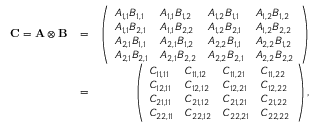
\begin{array} { r l r } { \ensuremath { \mathbf { C } } = \bf { A } \otimes \bf { B } } & { = } & { \left( \begin{array} { l l l l } { A _ { 1 , 1 } B _ { 1 , 1 } } & { A _ { 1 , 1 } B _ { 1 , 2 } } & { A _ { 1 , 2 } B _ { 1 , 1 } } & { A _ { 1 , 2 } B _ { 1 , 2 } } \\ { A _ { 1 , 1 } B _ { 2 , 1 } } & { A _ { 1 , 1 } B _ { 2 , 2 } } & { A _ { 1 , 2 } B _ { 2 , 1 } } & { A _ { 1 , 2 } B _ { 2 , 2 } } \\ { A _ { 2 , 1 } B _ { 1 , 1 } } & { A _ { 2 , 1 } B _ { 1 , 2 } } & { A _ { 2 , 2 } B _ { 1 , 1 } } & { A _ { 2 , 2 } B _ { 1 , 2 } } \\ { A _ { 2 , 1 } B _ { 2 , 1 } } & { A _ { 2 , 1 } B _ { 2 , 2 } } & { A _ { 2 , 2 } B _ { 2 , 1 } } & { A _ { 2 , 2 } B _ { 2 , 2 } } \end{array} \right) } \\ & { = } & { \left( \begin{array} { l l l l } { C _ { 1 1 , 1 1 } } & { C _ { 1 1 , 1 2 } } & { C _ { 1 1 , 2 1 } } & { C _ { 1 1 , 2 2 } } \\ { C _ { 1 2 , 1 1 } } & { C _ { 1 2 , 1 2 } } & { C _ { 1 2 , 2 1 } } & { C _ { 1 2 , 2 2 } } \\ { C _ { 2 1 , 1 1 } } & { C _ { 2 1 , 1 2 } } & { C _ { 2 1 , 2 1 } } & { C _ { 2 1 , 2 2 } } \\ { C _ { 2 2 , 1 1 } } & { C _ { 2 2 , 1 2 } } & { C _ { 2 2 , 2 1 } } & { C _ { 2 2 , 2 2 } } \end{array} \right) , } \end{array}